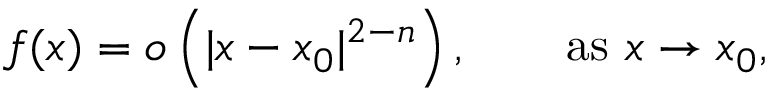
f ( x ) = o \left( \vert x - x _ { 0 } \vert ^ { 2 - n } \right) , \qquad { \mathrm { a s ~ } } x \to x _ { 0 } ,